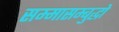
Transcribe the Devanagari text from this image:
सम्मासम्बुद्धो